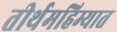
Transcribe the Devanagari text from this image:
तीर्थमहिम्यात